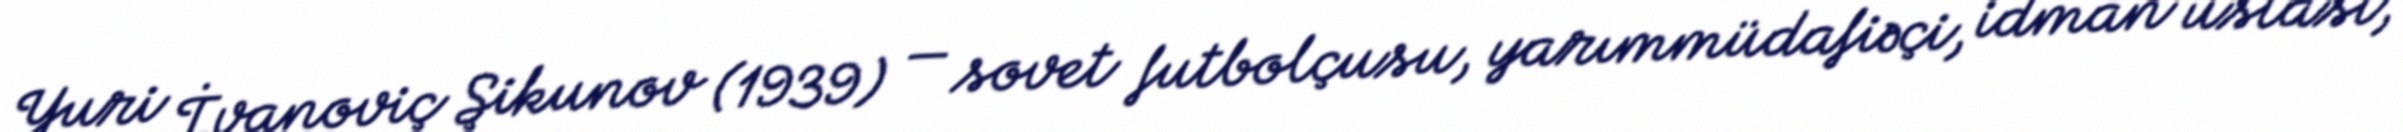
Yuri İvanoviç Şikunov (1939) — sovet futbolçusu, yarımmüdafiəçi, idman ustası,